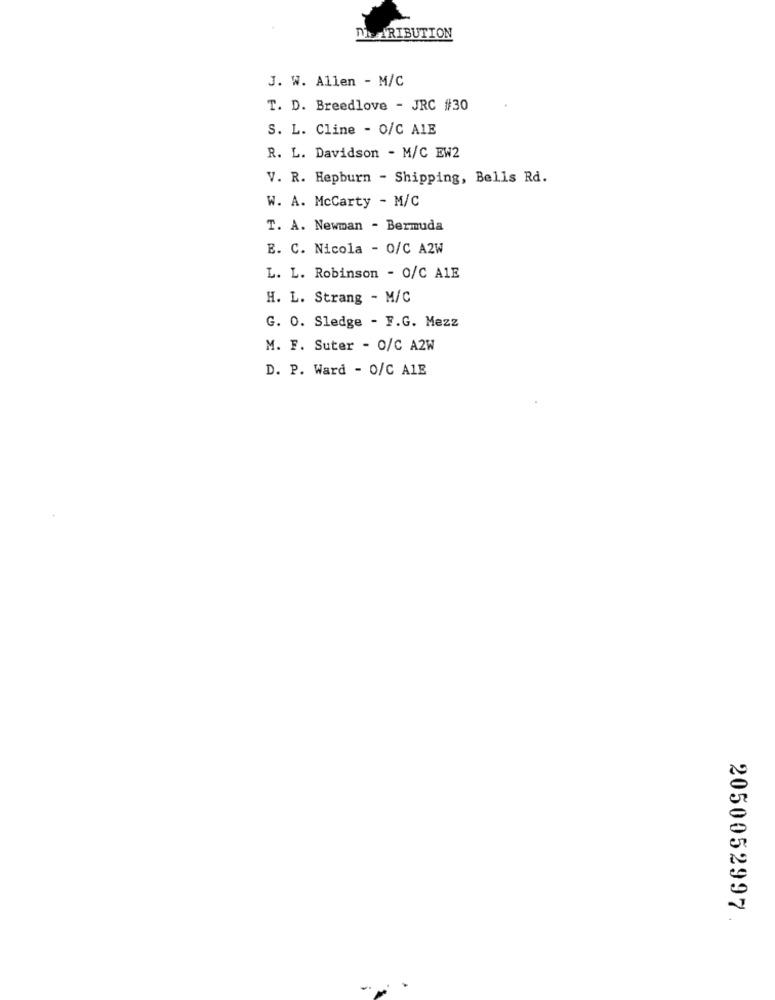
DE TRIBUTION
J. W. Allen - M/C
T. D. Breedlove - JRC #30
S. L. Cline - O/C ALE
R. L. Davidson - M/C EW2
V. R. Hepburn - Shipping, Bells Rd.
W. A. McCarty - M/C
T. A. Newman - Bermuda
E. C. Nicola - 0/C A2W
L. L. Robinson - 0/C A1E
H. L. Strang - M/C
G. O. Sledge - F.G. Mezz
M. F. Suter - 0/C A2W
D. P. Ward - O/C A1E
2050052997